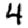
Digit: 4